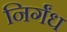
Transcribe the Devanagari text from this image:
निर्गंध